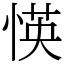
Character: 愥